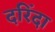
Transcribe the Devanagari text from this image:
दरिंदा